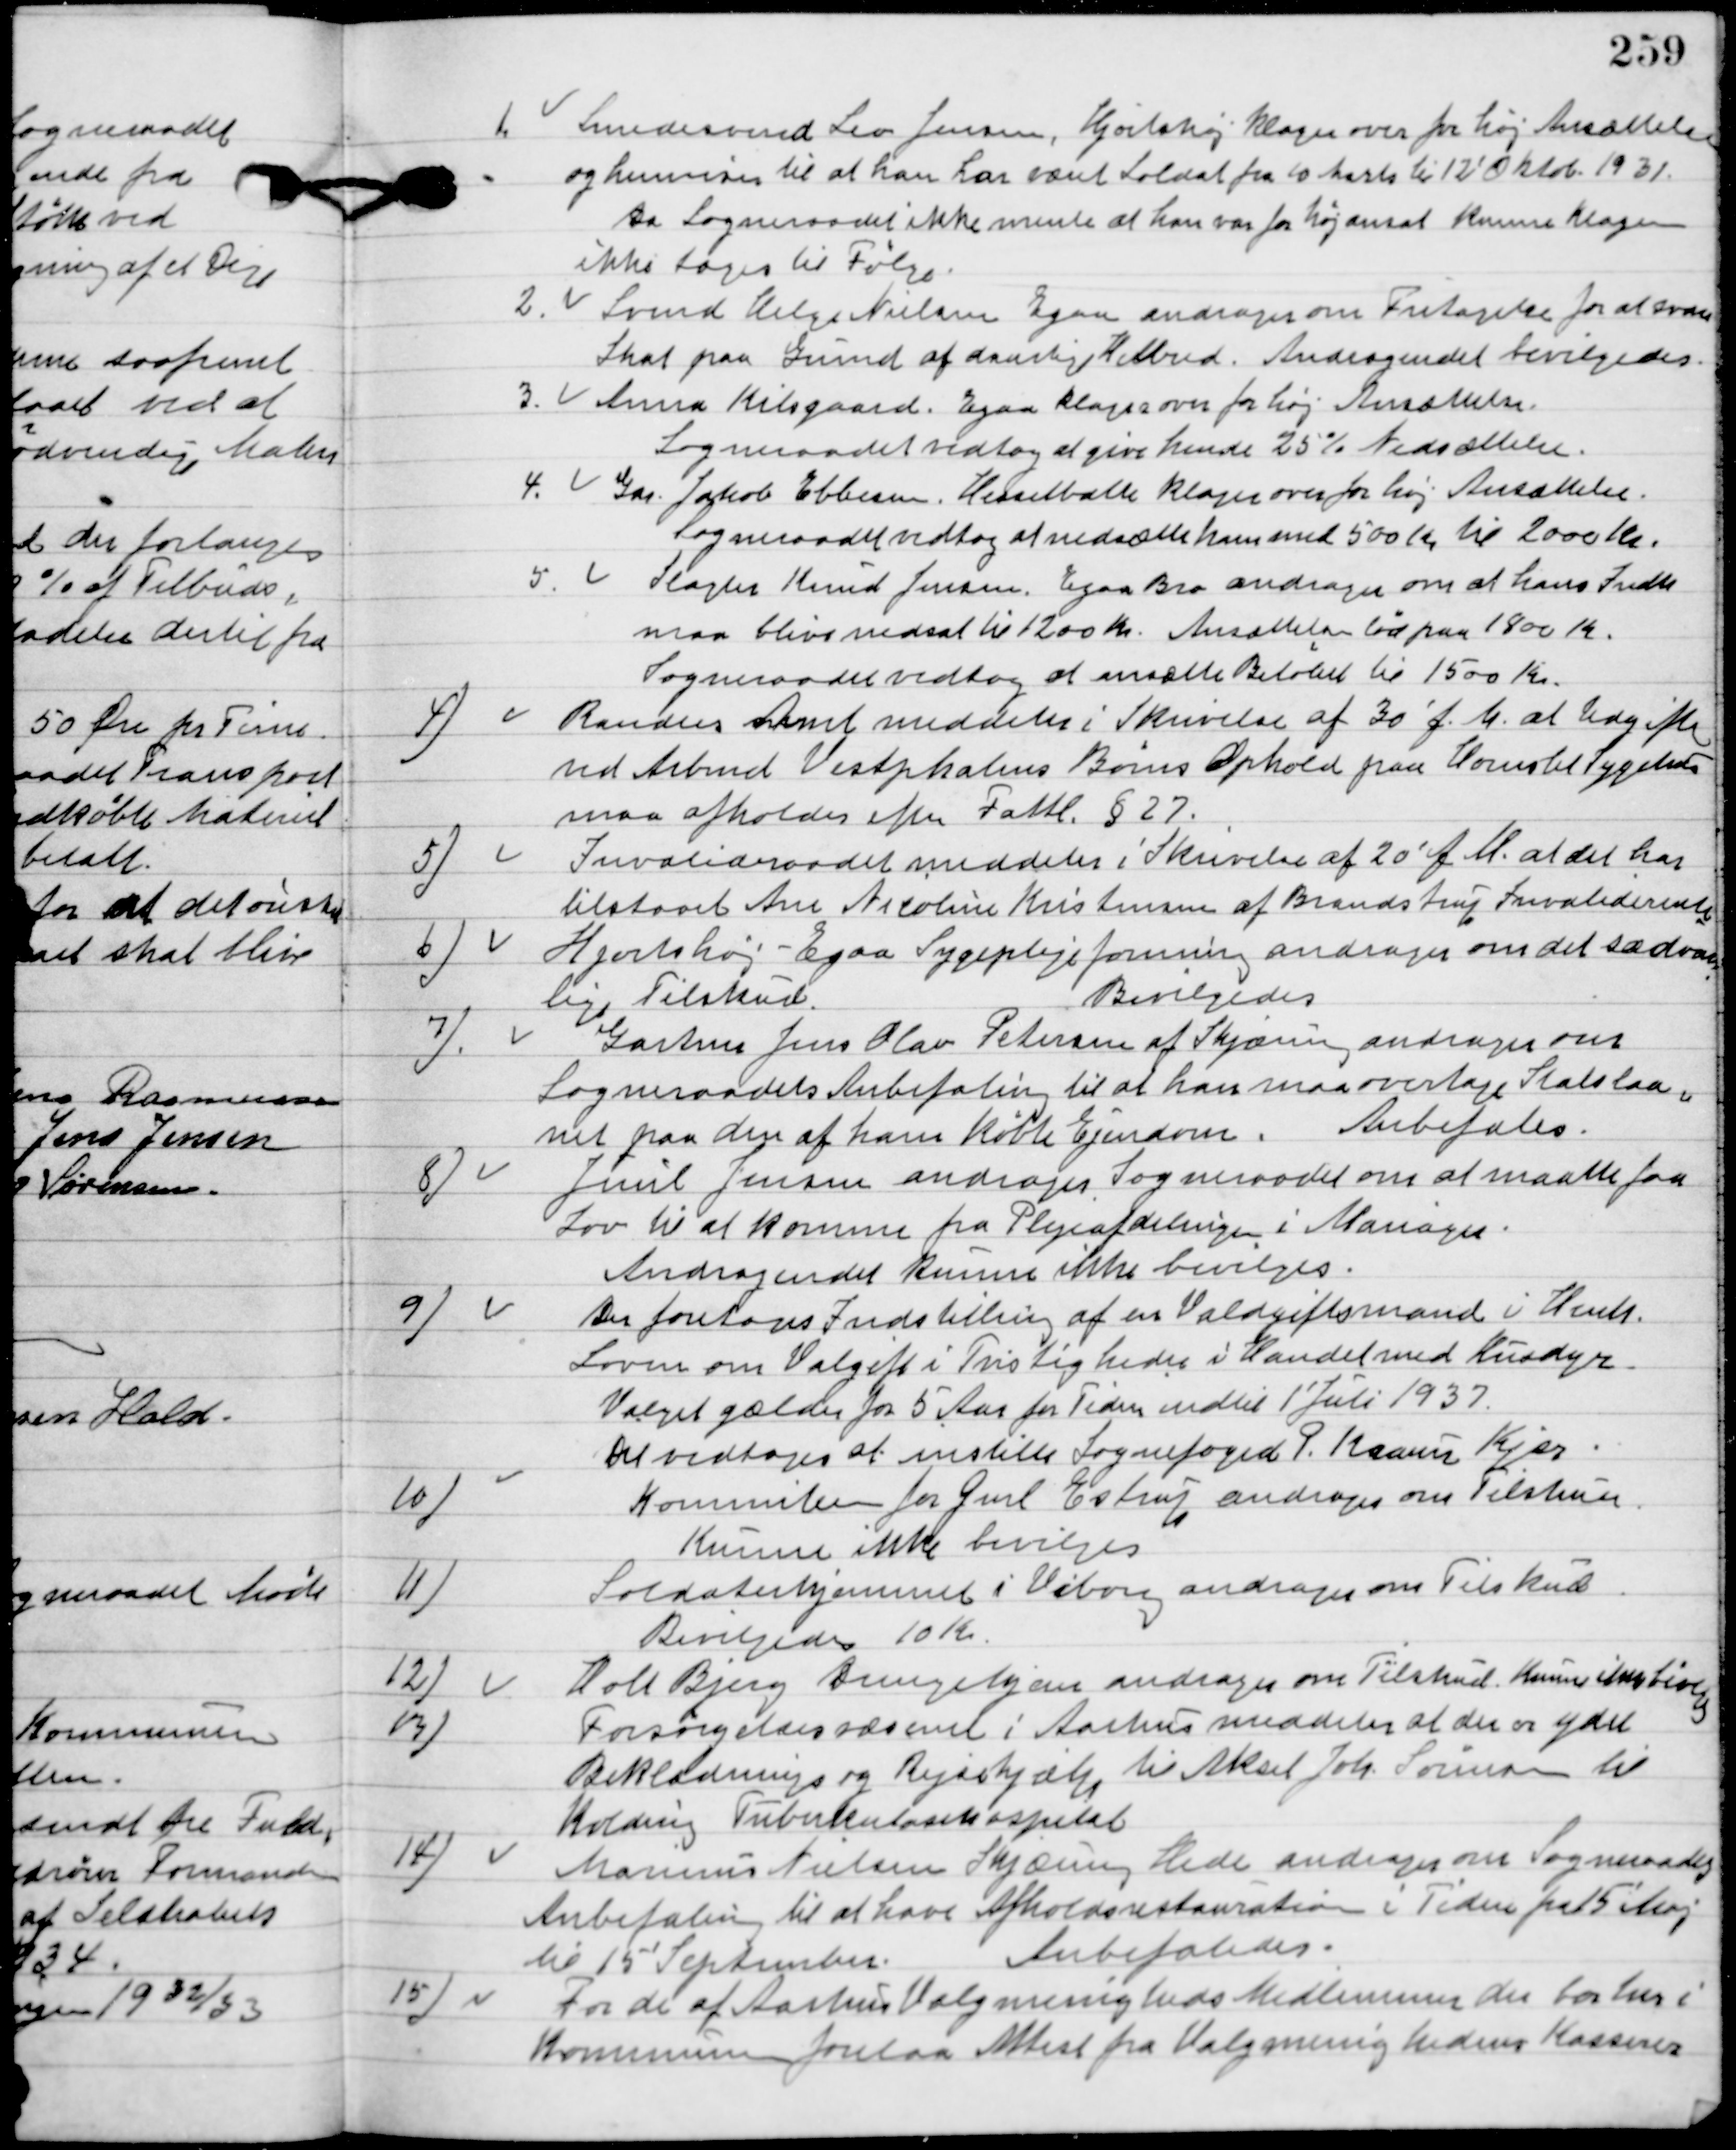
Transskription:
1.	Smedesvend Leo Jensen, Hjortshøj klager over for høj ansættelse
og henviser til at han har været Soldat for 10 Marts til 12´Oktob. 1931.
Da Sogneraadet ikke mente at han var for høj ansat kunne klagen
ikke tags til Følge.
2.	Svend Helge Nielsen Egaa andrager om Fritagelse for at svare
skat paa Grund af daarlig Helbred.
Andragendet bevilgedes.
3.	Anna Kilsgaard, Egaa klager over for høj Ansættelse.
Sogneraadet vedtog at give hende 25 % nedsættelse.
4.	Gdr. Jakob Ebbesen. Hesselballe klager over for høj Ansættelse.
Sogneraadet vedtog at nedsætte ham med 500 Kr. til 2000 Kr.
5.	Slagter Knud Jensen, Egaa Bro andrager om at hans Indkomst
maa bliver nedsat til 1200 Kr.
Ansættelsen lød på 1800 Kr.
Sogneraadet vedtog at ansætte Beløbet til 1500 Kr.

4

Randers Amt meddeler i Skrivelse af 30´ f. M. at Udgiften
ved ved Arbmd. Vestpholms Børns Ophold paa Hornslets Sygehus
maa afholdes efter Fatti. § 27.

5

Invalideraadet meddeler i Skrivelse af 20´ f. M. at det har
tilstaaet Ane Nicoline Kristensen af Brandstrup Invaliderente.

6

Hjortshøj-Egaa Sygeplejeforening andrager om det sædvan-
lige tilskud.
Bevilgedes.

7

Gartner Jens Olav Petersen af Skjæring andrager om
Sogneraadets Anbefaling til at han maa overtage Skattelaa-
net paa den af ham Købte Ejendom.
Anbefales.

8

Juul Jensen andrager Sogneraadt om at maate faa
lov til at komme fra Plejeafdelingen i Mariager.
Andragendet kunne ikke bevilgedes.

9

Der foretoges indstilling af en Voldgiftsmand i henh.
Loven om valgift i Tvistigheder i Handel med Husdyr.
Valget gælder for 5 Aar for Tiden indtil 1´ Juli 1937.
Det vedtoges at indstille Sognefoged P. Krause Kjær.

10)

Komiteen for Gml. Estrup andrager om Tilskud.
Bevilgedes 10 Kr.

11)

Soldaterhjemmet i Viborg andrager om Tilskud.
Bevilgedes 10 Kr.

12

Holt Bjerg Drengehjem andrager om Tilskud.
Kunne ikke bevilgedes.

13

Forsørgelsesvæsenet i Aarhus meddeler at der er ydet
Beklædnings og Rejsehjælp til Aksel Joh. Sørensen til
Kolding Tuberkulosehospital.

14

Marius Nielsen Skjæring Hede andrager om Sogneraadet
anbefaling til at have Afholdsrestauration i tiden fra 15 Maj
til 15 September.
Anbefaledes.

15

For de af Aarhus Valgmenigheds Medlemmer der bor her i
Kommunen forelaa Attest fra Valgmenigheds Kasserer.